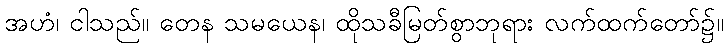
အဟံ၊ ငါသည်။ တေန သမယေန၊ ထိုသခီမြတ်စွာဘုရား လက်ထက်တော်၌။